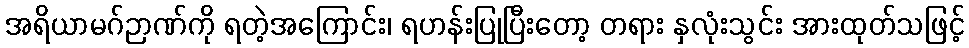
အရိယာမဂ်ဉာဏ်ကို ရတဲ့အကြောင်း၊ ရဟန်းပြုပြီးတော့ တရား နှလုံးသွင်း အားထုတ်သဖြင့်